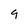
Character: 9